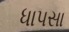
ધાપસા